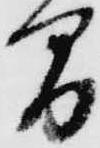
間